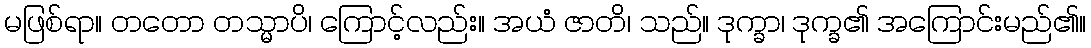
မဖြစ်ရာ။ တတော တသ္မာပိ၊ ကြောင့်လည်း။ အယံ ဇာတိ၊ သည်။ ဒုက္ခာ၊ ဒုက္ခ၏ အကြောင်းမည်၏။